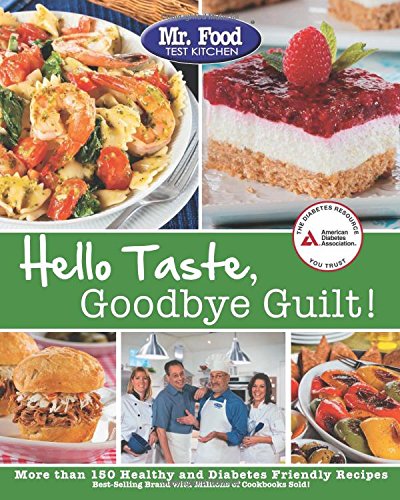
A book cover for Mr. Food Test Kitchen's Hello Taste, Goodbye Guilt!: Over 150 Healthy and Diabetes Friendly Recipes; Mr. Food Test Kitchen; Cookbooks, Food & Wine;